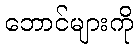
ဘောင်များကို